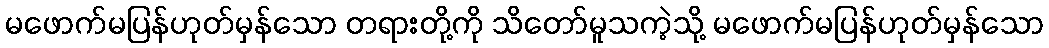
မဖောက်မပြန်ဟုတ်မှန်သော တရားတို့ကို သိတော်မူသကဲ့သို့ မဖောက်မပြန်ဟုတ်မှန်သော